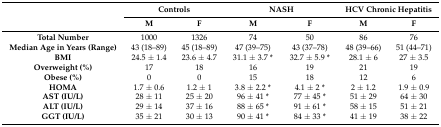
| <ROWSPAN=2>  | <COLSPAN=2> Controls | <COLSPAN=2> NASH | <COLSPAN=2> HCV Chronic Hepatitis |
 | M | F | M | F | M | F |
 | --- | --- | --- | --- | --- | --- | --- |
 | Total Number | 1000 | 1326 | 74 | 50 | 86 | 76 |
 | Median Age in Years (Range) | 43 (18–89) | 45 (18–89) | 47 (39–75) | 43 (37–78) | 48 (39–66) | 51 (44–71) |
 | BMI | 24.5 ± 1.4 | 23.6 ± 4.7 | 31.1 ± 3.7 * | 32.7 ± 5.9 * | 28.1 ± 6 | 27 ± 3.5 |
 | Overweight (%) | 17 | 18 | 16 | 19 | 21 | 19 |
 | Obese (%) | 0 | 0 | 15 | 18 | 12 | 6 |
 | HOMA | 1.7 ± 0.6 | 1.2 ± 1 | 3.8 ± 2.2 * | 4.1 ± 2 * | 2 ± 1.2 | 1.9 ± 0.9 |
 | AST (IU/L) | 28 ± 11 | 25 ± 20 | 96 ± 41 * | 77 ± 45 * | 51 ± 29 | 64 ± 30 |
 | ALT (IU/L) | 29 ± 14 | 37 ± 16 | 88 ± 65 * | 91 ± 61 * | 58 ± 15 | 51 ± 21 |
 | GGT (IU/L) | 35 ± 21 | 30 ± 13 | 90 ± 41 * | 84 ± 33 * | 41 ± 19 | 38 ± 22 |